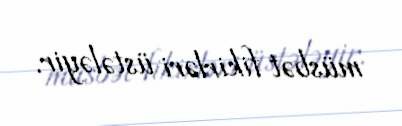
müsbət fikirləri üstələyir.